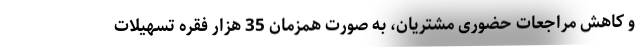
و کاهش مراجعات حضوری مشتریان، به صورت همزمان 35 هزار فقره تسهیلات